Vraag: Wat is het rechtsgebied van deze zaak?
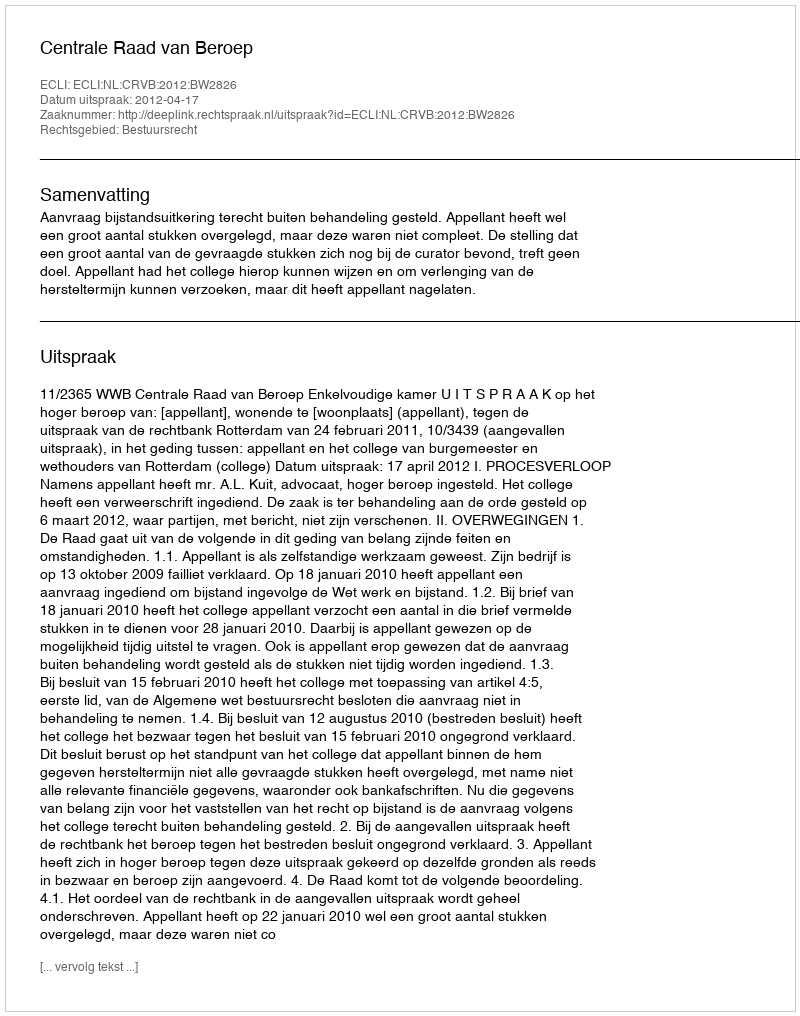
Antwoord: Bestuursrecht